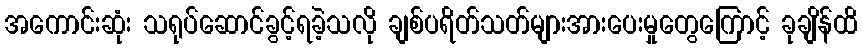
အကောင်းဆုံး သရုပ်ဆောင်ခွင့်ရခဲ့သလို ချစ်ပရိတ်သတ်များအားပေးမှုတွေကြောင့် ခုချိန်ထိ